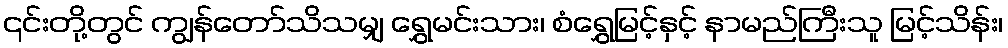
၎င်းတို့တွင် ကျွန်တော်သိသမျှ ရွှေမင်းသား၊ စံရွှေမြင့်နှင့် နာမည်ကြီးသူ မြင့်သိန်း၊